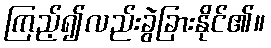
ကြည့်၍လည်းခွဲခြားနိုင်၏။